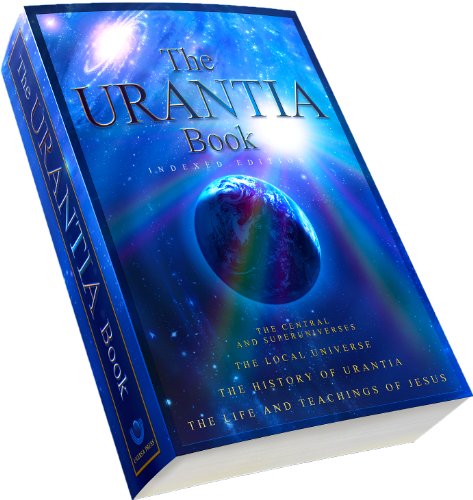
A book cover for The Urantia Book: Indexed Version With Free MP3 Audio Book on DVD (Can only be played on a computer with a DVD drive.); Multiple Authors; Religion & Spirituality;